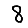
Digit: 8